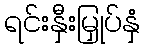
ရင်းနှီးမြှုပ်နှံ